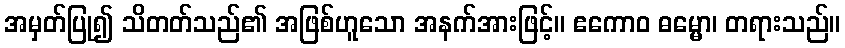
အမှတ်ပြု၍ သိတတ်သည်၏ အဖြစ်ဟူသော အနက်အားဖြင့်။ ဧကောဝ ဓမ္မော၊ တရားသည်။